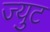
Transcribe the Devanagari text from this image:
ज्युट